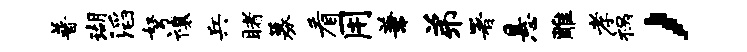
普瑚滔弩禳兵睹募看用兼弟署悬雕孝祸，